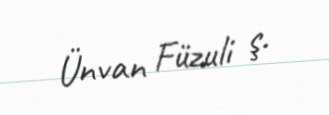
Ünvan Füzuli ş.